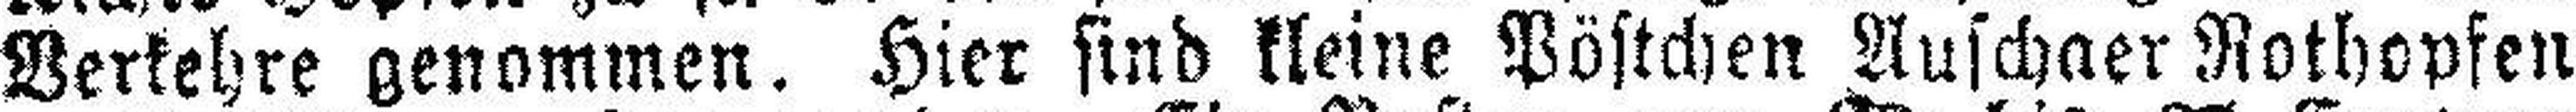
Verkehre genommen. Hier sind kleine Pöstchen Auschaer Nothopfen